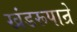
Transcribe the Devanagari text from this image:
खंडरूपान्रे